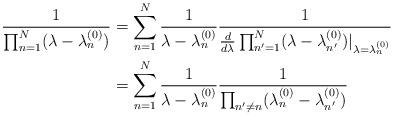
LaTeX: \begin{align*}\frac{1}{\prod_{n=1}^N ( \lambda - \lambda_n^{(0)} )} & = \sum_{n=1}^N \frac{1}{ \lambda - \lambda_n^{(0)}} \frac{1}{ \frac{d}{d \lambda} \prod_{n'=1}^N ( \lambda - \lambda_{n'}^{(0)} ) \vert_{\lambda = \lambda_n^{(0)} } } \\& = \sum_{n=1}^{N} \frac{1}{ \lambda - \lambda_n^{(0)}} \frac{ 1 }{\prod_{n'\neq n} (\lambda_{n}^{(0)} - \lambda_{n'}^{(0)} ) }\end{align*}